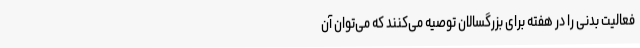
فعالیت بدنی را در هفته برای بزرگسالان توصیه می‌کنند که می‌توان آن